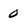
Character: 0